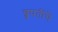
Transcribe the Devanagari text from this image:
छ्त्रपतींचे